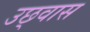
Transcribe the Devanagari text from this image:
उछ्वास